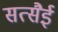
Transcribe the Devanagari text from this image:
सत्सैई